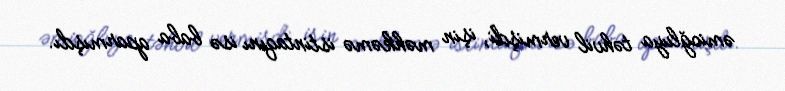
əmioğluya təhvil vermişdi, işin məhkəmə istintaqını isə baba aparmışdı.